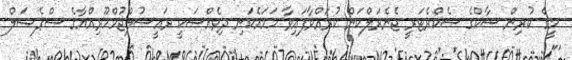
މީގެ ކުރިން ސާކްގެ ސެކްރެޓަރީ ޖެނެރަލްކަން ކުރައްވާފައިވާ ހަމައެކަނި ދިވެއްސަކީ ރައީސުލްޖުމްހޫރިއްޔާގެ ސްޕެޝަލް